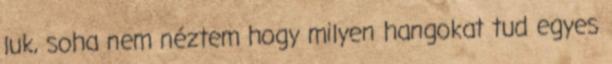
luk, soha nem néztem hogy milyen hangokat tud egyes